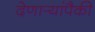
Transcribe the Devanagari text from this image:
देणार्‍यांपैकी